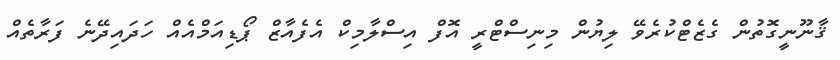
ޤާނޫނީގޮތުން ގެޒެޓްކުރެވޭ ލިޔުން މިނިސްޓްރީ އޮފް އިސްލާމިކް އެފެއާޒް ޕޯޑިއަމްއެއް ހަދައިދޭނެ ފަރާތެއް